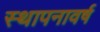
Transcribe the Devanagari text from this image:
स्थापनावर्ष